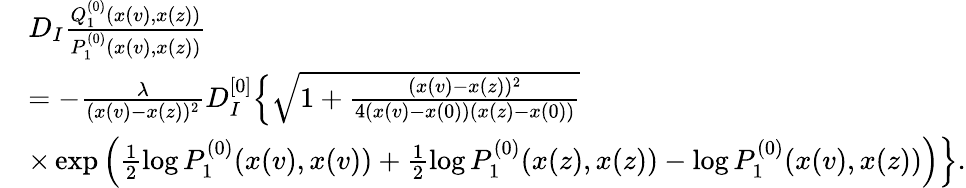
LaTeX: \begin{array}{rl}&{D_{I}\frac{Q_{1}^{(0)}(x(v),x(z))}{P_{1}^{(0)}(x(v),x(z))}}\\ &{=-\frac{\lambda}{(x(v)-x(z))^{2}}D_{I}^{[0]}\Big\{ \sqrt{1+\frac{(x(v)-x(z))^{2}}{4(x(v)-x(0))(x(z)-x(0))}}}\\ &{\times\exp\Big(\frac{1}{2}\log P_{1}^{(0)}(x(v),x(v))+\frac{1}{2}\log P_{1}^{(0)}(x(z),x(z))-\log P_{1}^{(0)}(x(v),x(z))\Big)\Big\} .}\end{array}